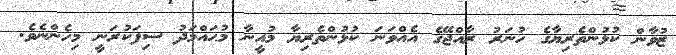
ޒުވާން ކުޅުންތެރިޔާގެ ހުނަރު ރާއްޖޭގެ އެއްވަނަ ކުޅުންތެރިޔާ މުއީނާ މުޙައްމަދު ސިފަކުރަނީ މިހެންނެވެ.